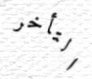
التأخر